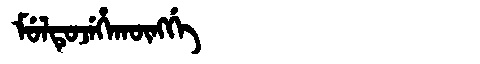
Manchu: ᠮᡠᠯᡨᡠᠵᡝᡥᠠᡴᡡᠩᡤᡝ
Romanization: MULTUJEHAKŪNGGE